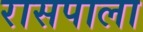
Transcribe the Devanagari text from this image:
रासपाला